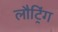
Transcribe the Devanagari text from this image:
लौट्रिंग